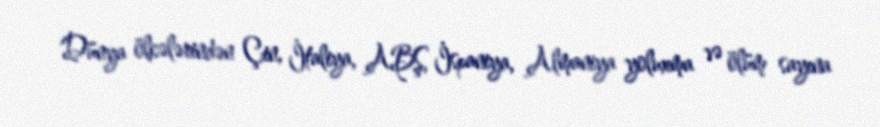
Dünya ölkələrindən Çin, İtaliya, ABŞ, İspaniya, Almaniya yoluxma və ölüm sayına